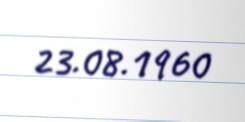
23.08.1960